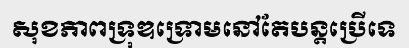
សុខភាពទ្រុឌទ្រោមនៅតែបន្តប្រើទេ